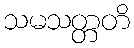
သမသတ္တတိ